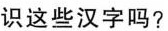
识这些汉字吗?